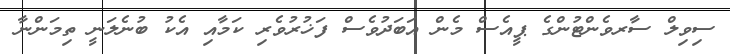
ސިވިލް ސާރވެންޓުންގެ ޕީއެސް މެން އަބަަދުވެސް ފަޚުރުވެރި ކަމާއި އެކު ބުނެލަނީ ތިމަންނާ